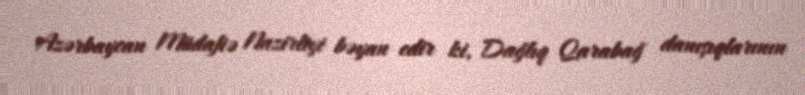
Azərbaycan Müdafiə Nazirliyi bəyan edir ki, Dağlıq Qarabağ danışıqlarının